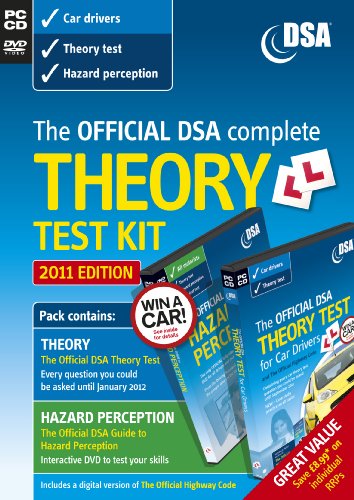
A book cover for The Official DSA Complete Theory Test Kit for Car Drivers; Driving Standards Agency; Test Preparation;